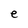
Character: e